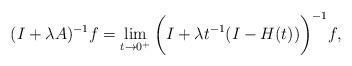
LaTeX: \begin{align*}(I+\lambda A)^{-1} f= \lim_{t\to 0^+} \bigg( I+\lambda t^{-1} (I-H(t)) \bigg)^{-1} f,\end{align*}